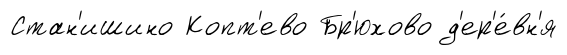
Стан'ишино Копт'ево Бр'юхово д'ер'е́вн'я